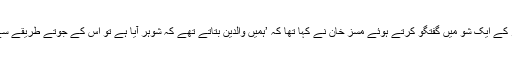
خیال رہے کہ نجی ٹی وی 92 نیوز کے ایک شو میں گفتگو کرتے ہوئے مسز خان نے کہا تھا کہ ’ہمیں والدین بتاتے تھے کہ شوہر آیا ہے تو اس کے جوتے طریقے سے رکھیں اور گرم روٹی بنا کر دیں۔